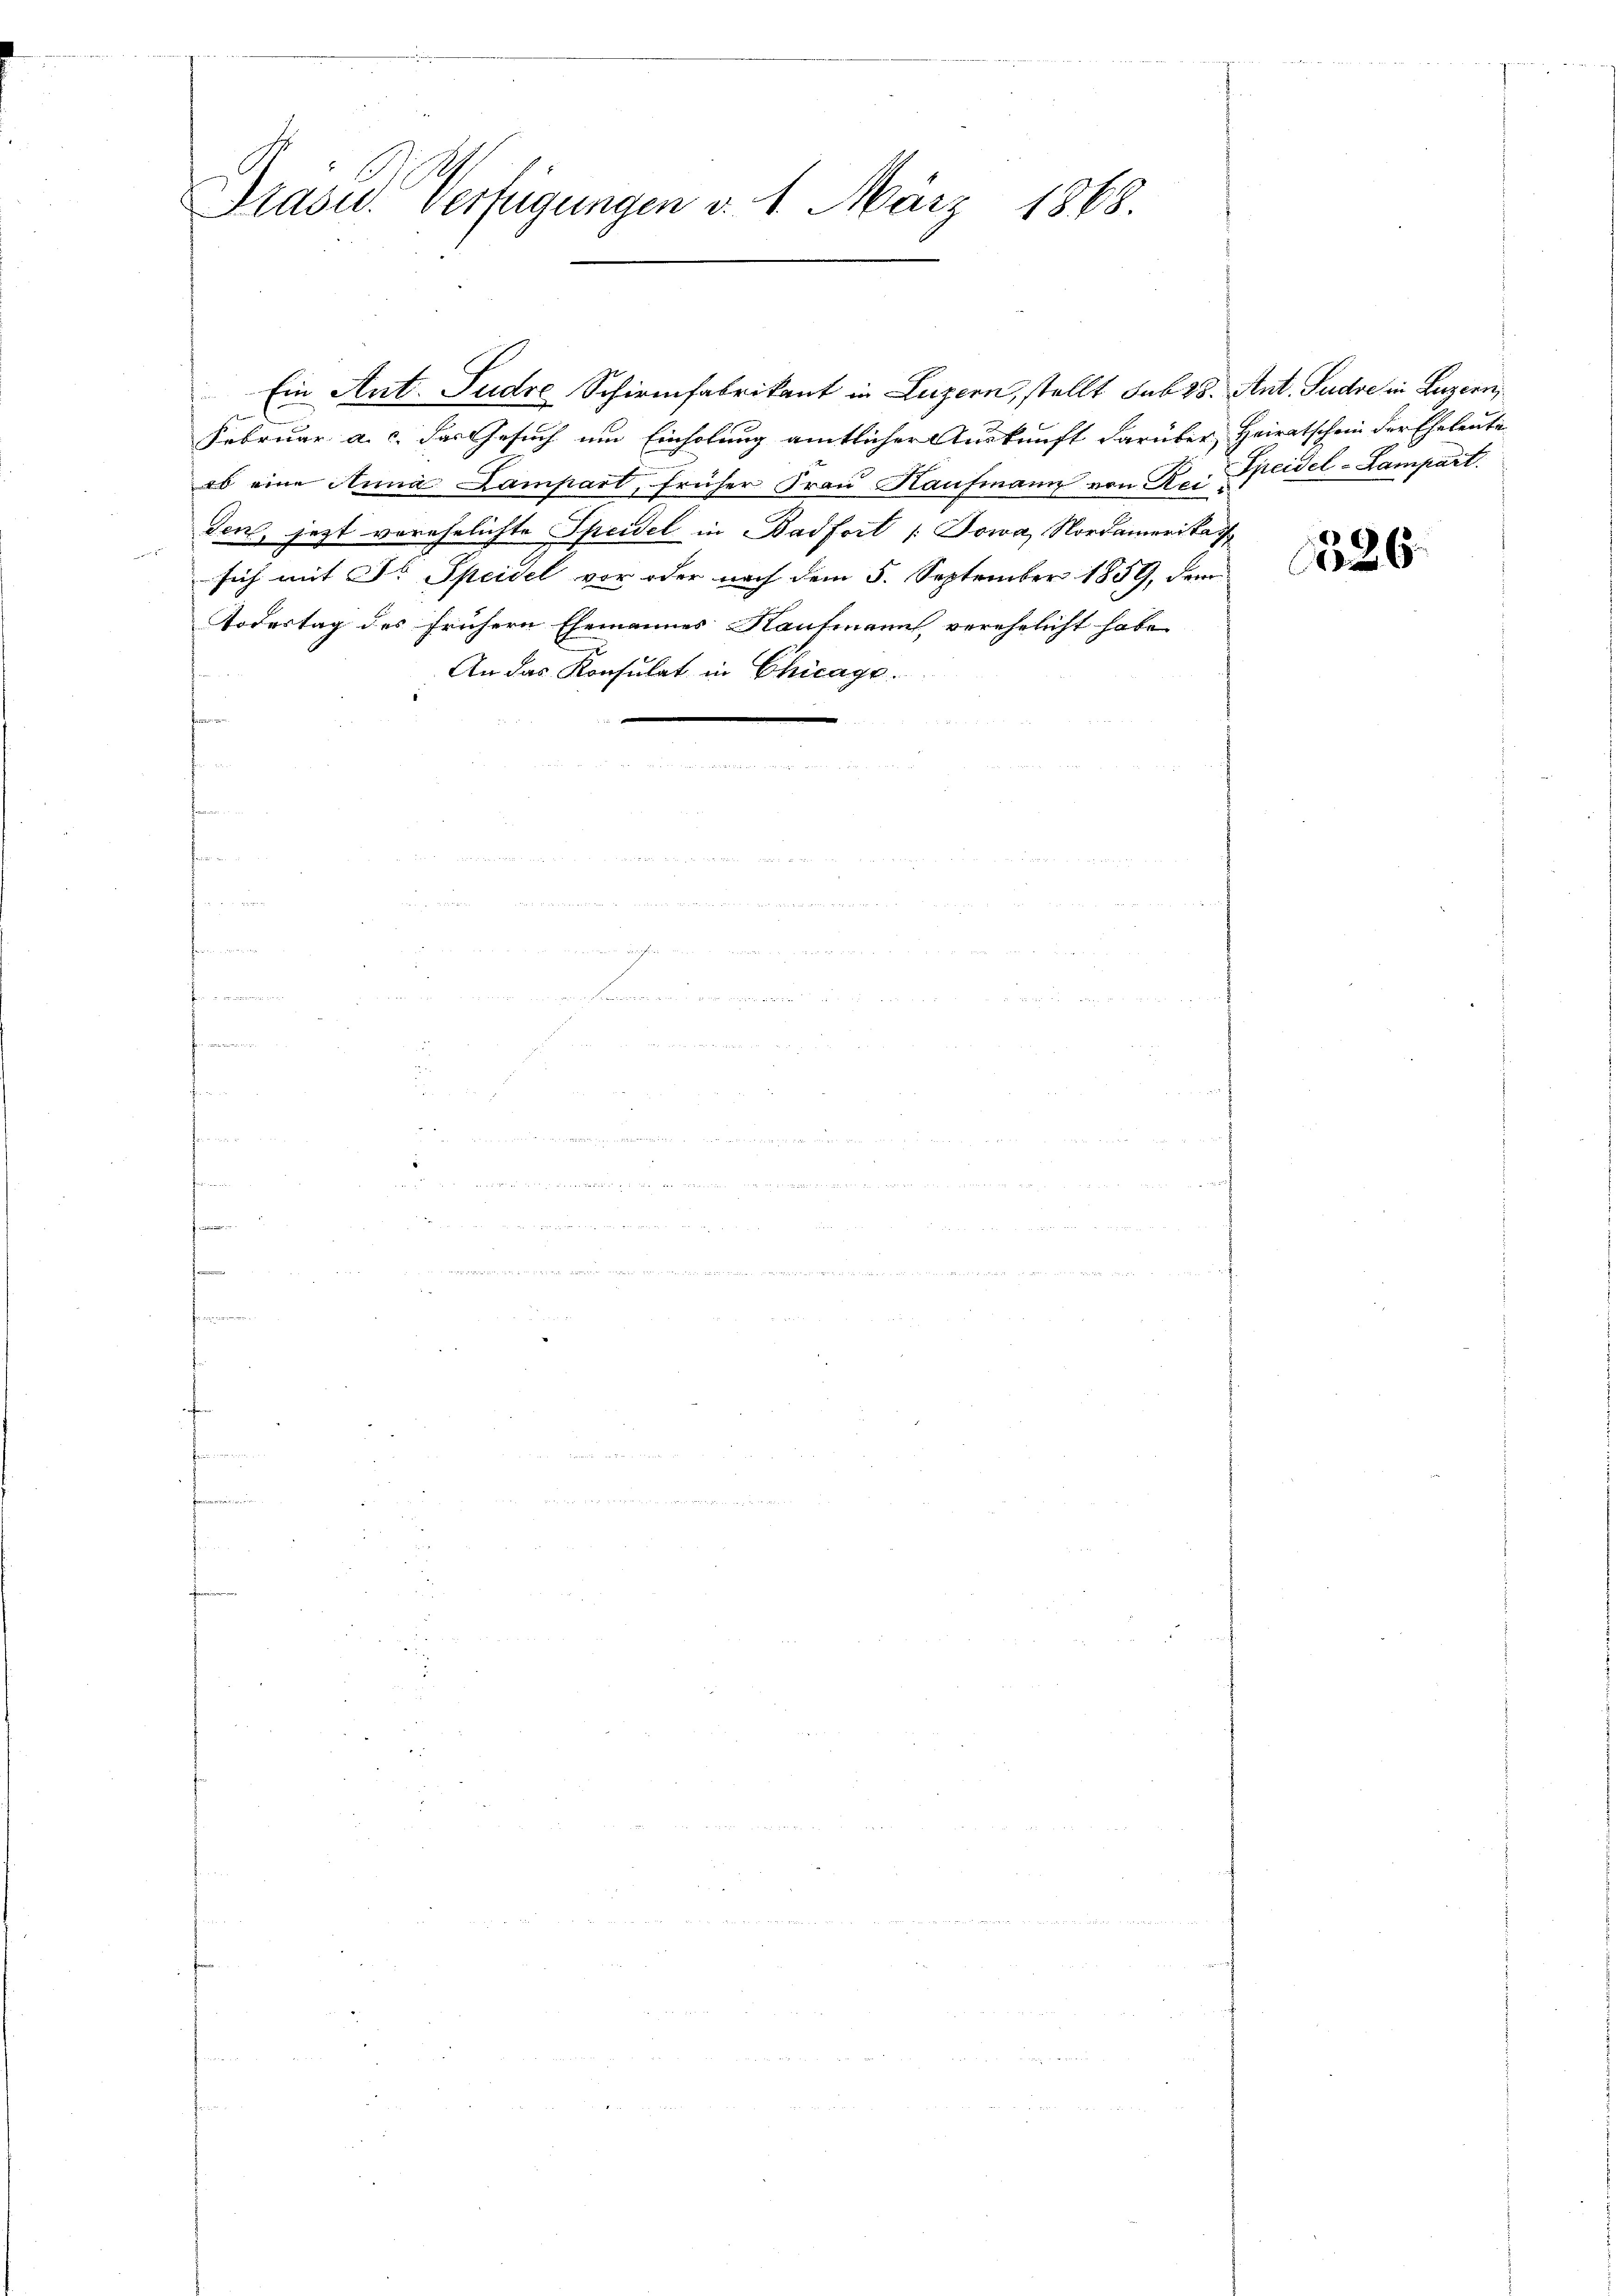
Präser Verfügungen d. 1. März 1868.

Ein Ant. Ludre Schirmfabrikant in Luzern, stellt sub 28. Ant. Sudve in Luzern,
Februar a. c. das Gesuch um Einholung amtlicher Auskunft darüber, Heiratschein der Eheleute
ob eine Anna Lampart, früher Frau Haufmann von Ro. Speisel-Lampart.
den, jetzt verehelichte Speidel in Bad fort /: Sowa, Nordamerikat
sich mit Fr. Speidel vor oder nach dem 5. September 1859, dem
Todestag des frühern Ehemannes Rautmann, verehelicht habe
An das Konsulat in Chicage.

526